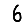
Digit: 6